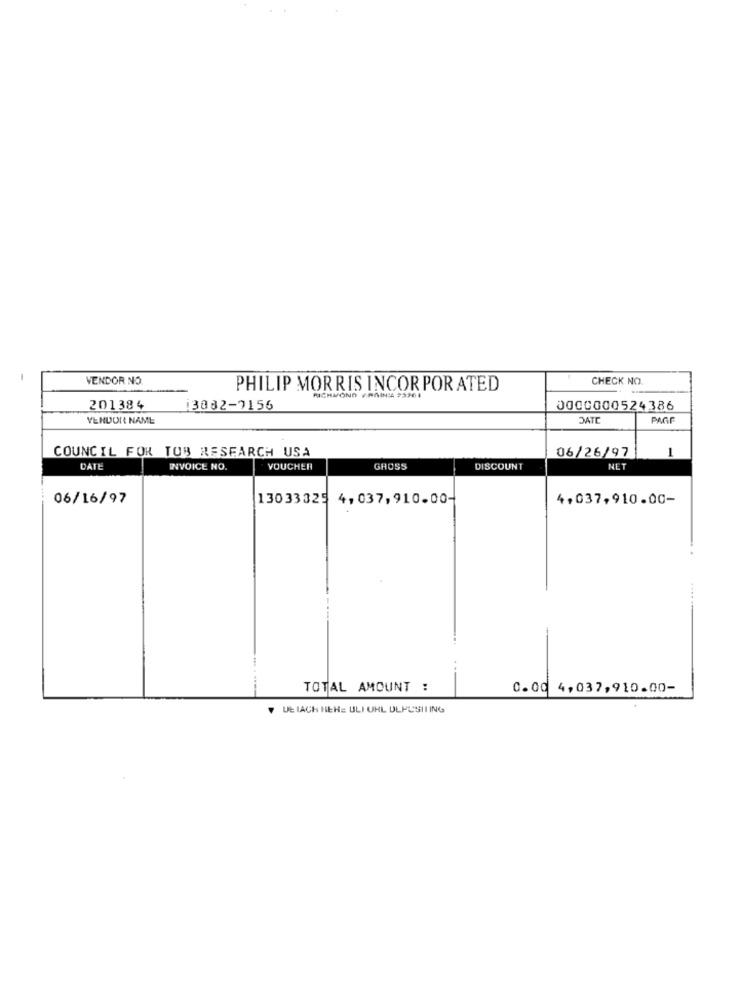
1
VENDOR NO.
CHECK NO
PHILIP MORRIS INCORPOR ATED
RICHMOND ARGINA 23964
201384
13082-9156
0000000524386
VENDOR NAME
DATE
PART
COUNCIL FOR TOB RESEARCH USA
06/26/97
1
DATE
INVOICE NO.
VOUCHER
GHOSS
DISCOUNT
NET
06/16/97
13033325
4,037,910.00-
4,037,910.00-
TOTAL AMOUNT :
0.00 4,037,910.00-
UE IACH HEHE ULI UHL ULPUSIIING